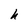
Character: h